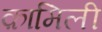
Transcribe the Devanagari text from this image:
क़ामिली